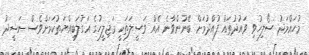
މުހައްމަދު ސޯލިހުވި ވައުދުތައް ފުއްދުމަށް ބޭނުންވާނެ އެއް ވަސީލަތަކީ މަޖިިލީހުގެ އަގުލަބިއްޔަތުކަމަށްވެސް ނަޝީދު